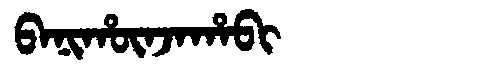
Manchu: ᠪᠠᠨᡳᡥᡡᠨᠵᠠᡥᠠᠪᡳ
Romanization: BANIHŪNJAHABI